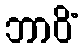
ဘာဝိံ